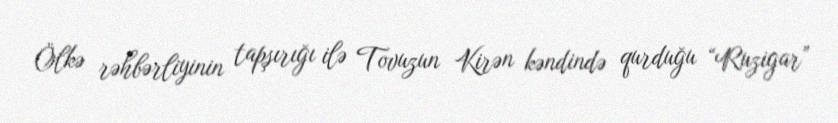
Ölkə rəhbərliyinin tapşırığı ilə Tovuzun Kirən kəndində qurduğu “Ruzigar”